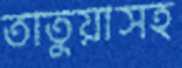
তাতুয়াসহ